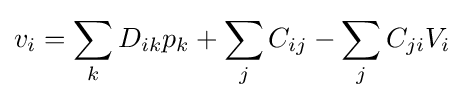
v_{i}=\sum _{k}D_{ik}p_{k}+\sum _{j}C_{ij}-\sum _{j}C_{ji}V_{i}